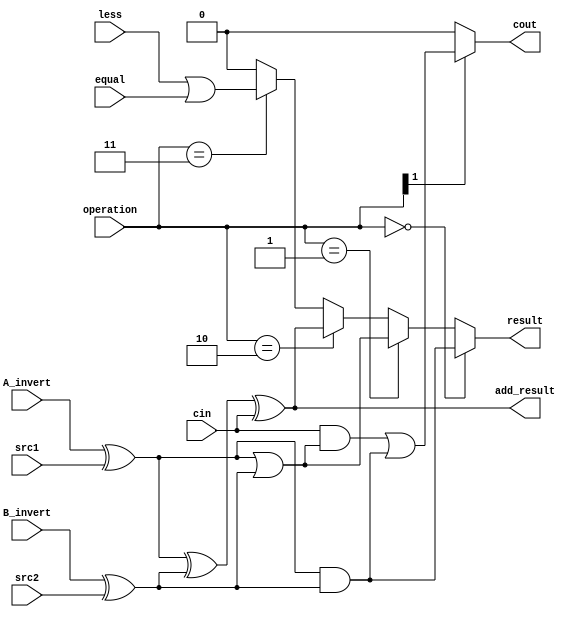
`timescale 1ns/1ps

//////////////////////////////////////////////////////////////////////////////////
// Company: 
// Engineer: 
// 
// Design Name: 
// Module Name:    alu_top 
// Project Name: 
// Target Devices: 
// Tool versions: 
// Description: 
//
// Dependencies: 
//
// Revision: 
// Revision 0.01 - File Created
// Additional Comments: 
//
//////////////////////////////////////////////////////////////////////////////////

module alu_top(
               src1,       //1 bit source 1 (input)
               src2,       //1 bit source 2 (input)
               less,       //1 bit less     (input)
					equal,
               A_invert,   //1 bit A_invert (input)
               B_invert,   //1 bit B_invert (input)
               cin,        //1 bit carry in (input)
               operation,  //operation      (input)
               result,     //1 bit result   (output)
					add_result,
               cout       //1 bit carry out(output)
               );

input         src1;
input         src2;
input         less;
input			  equal;
input         A_invert;
input         B_invert;
input         cin;
input [2-1:0] operation;

output        result;
output 		  add_result;
output        cout;

//reg           result;

wire a, b;
assign a = A_invert ^ src1;
assign b = B_invert ^ src2;
assign cout = operation[1] == 1 ? (cin & (a | b)) | (a & b) : 0;
assign add_result = (a ^ b ^ cin);
assign result = 
				operation == 0 ? a & b :
				operation == 1 ? a | b :
				operation == 2 ? add_result :
				operation == 3 ? less | equal : 0;
endmodule